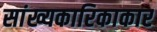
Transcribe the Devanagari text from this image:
सांख्यकारिकाकार